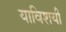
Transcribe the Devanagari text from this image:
याविशयी